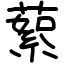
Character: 蕠